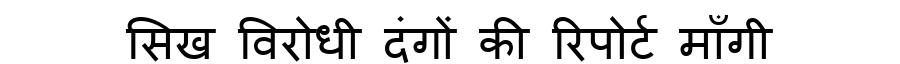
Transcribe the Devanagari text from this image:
सिख विरोधी दंगों की रिपोर्ट माँगी